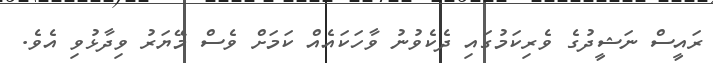
ރައީސް ނަޝީދުގެ ވެރިކަމުގައި ދެކެވުނު ވާހަކައެއް ކަމަށް ވެސް މޭޔަރު ވިދާޅުވި އެވެ.